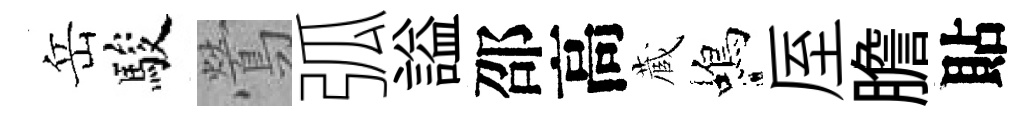
岳駿鶯弧謚邵高蔵蝎厔膽貼